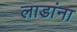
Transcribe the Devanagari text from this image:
लाडांना